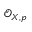
{ \mathcal { O } } _ { X , { \mathfrak { p } } }